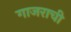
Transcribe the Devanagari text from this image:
गाजराची